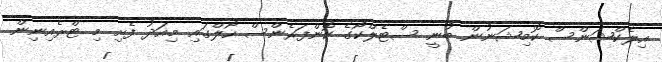
އިލެކްޝަންސް ކޮމިޝަނުން ބުނީ ސްޓެލްކޯގެ ކޮންފަރެންސް ހޯލްގައި މިއަދު ފެށި މި ޓްރެއިނިން